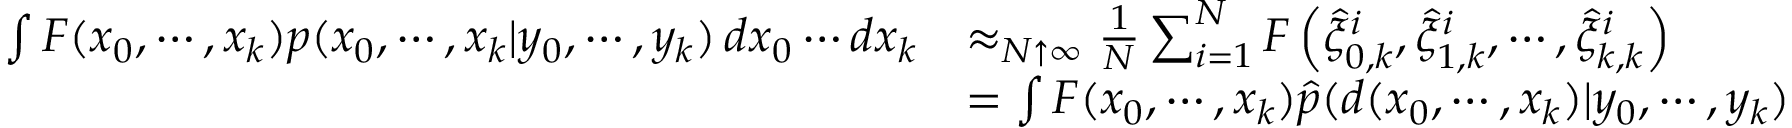
{ \begin{array} { r l } { \int F ( x _ { 0 } , \cdots , x _ { k } ) p ( x _ { 0 } , \cdots , x _ { k } | y _ { 0 } , \cdots , y _ { k } ) \, d x _ { 0 } \cdots d x _ { k } } & { \approx _ { N \uparrow \infty } { \frac { 1 } { N } } \sum _ { i = 1 } ^ { N } F \left( { \widehat { \xi } } _ { 0 , k } ^ { i } , { \widehat { \xi } } _ { 1 , k } ^ { i } , \cdots , { \widehat { \xi } } _ { k , k } ^ { i } \right) } \\ & { = \int F ( x _ { 0 } , \cdots , x _ { k } ) { \widehat { p } } ( d ( x _ { 0 } , \cdots , x _ { k } ) | y _ { 0 } , \cdots , y _ { k } ) } \end{array} }